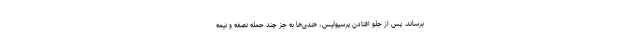
برساند. پس از جلو افتادن پرسپولیس، هندی‌ها به جز چند حمله نصفه و نیمه